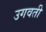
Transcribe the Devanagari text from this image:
उगवती